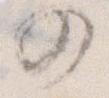
の